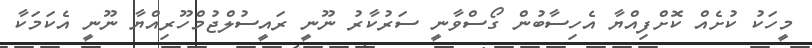
މީހަކު ކުށެއް ކޮށްފިއްޔާ އެހިސާބުން ގޯސްވާނީ ސަރުކާރު ނޫނީ ރައީސުލްޖުމްހޫރިއްޔާ ނޫނީ އެކަމަކާ